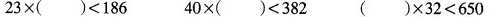
$$2 3 \times ( ) < 1 8 6$$ $$4 0 \times ( ) < 3 8 2$$ $$( ) \times 3 2 < 6 5 0$$